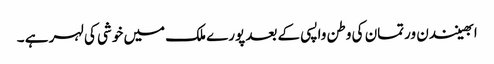
ابھینندن ورتمان کی وطن واپسی کے بعد پورے ملک میں خوشی کی لہر ہے ۔